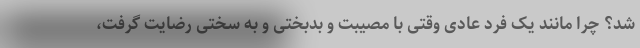
شد؟ چرا مانند یک فرد عادی وقتی با مصیبت و بدبختی و به سختی رضایت گرفت،